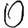
Digit: 0